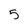
Character: 5